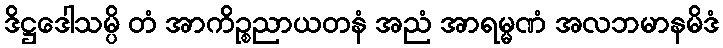
ဒိဋ္ဌဒေါသမ္ပိ တံ အာကိဉ္စညာယတနံ အညံ အာရမ္မဏံ အလဘမာနမိဒံ